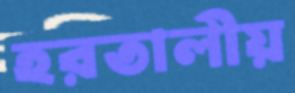
হরতালীয়